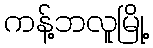
ကန့်ဘလူမြို့